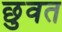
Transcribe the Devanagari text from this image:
छुवत